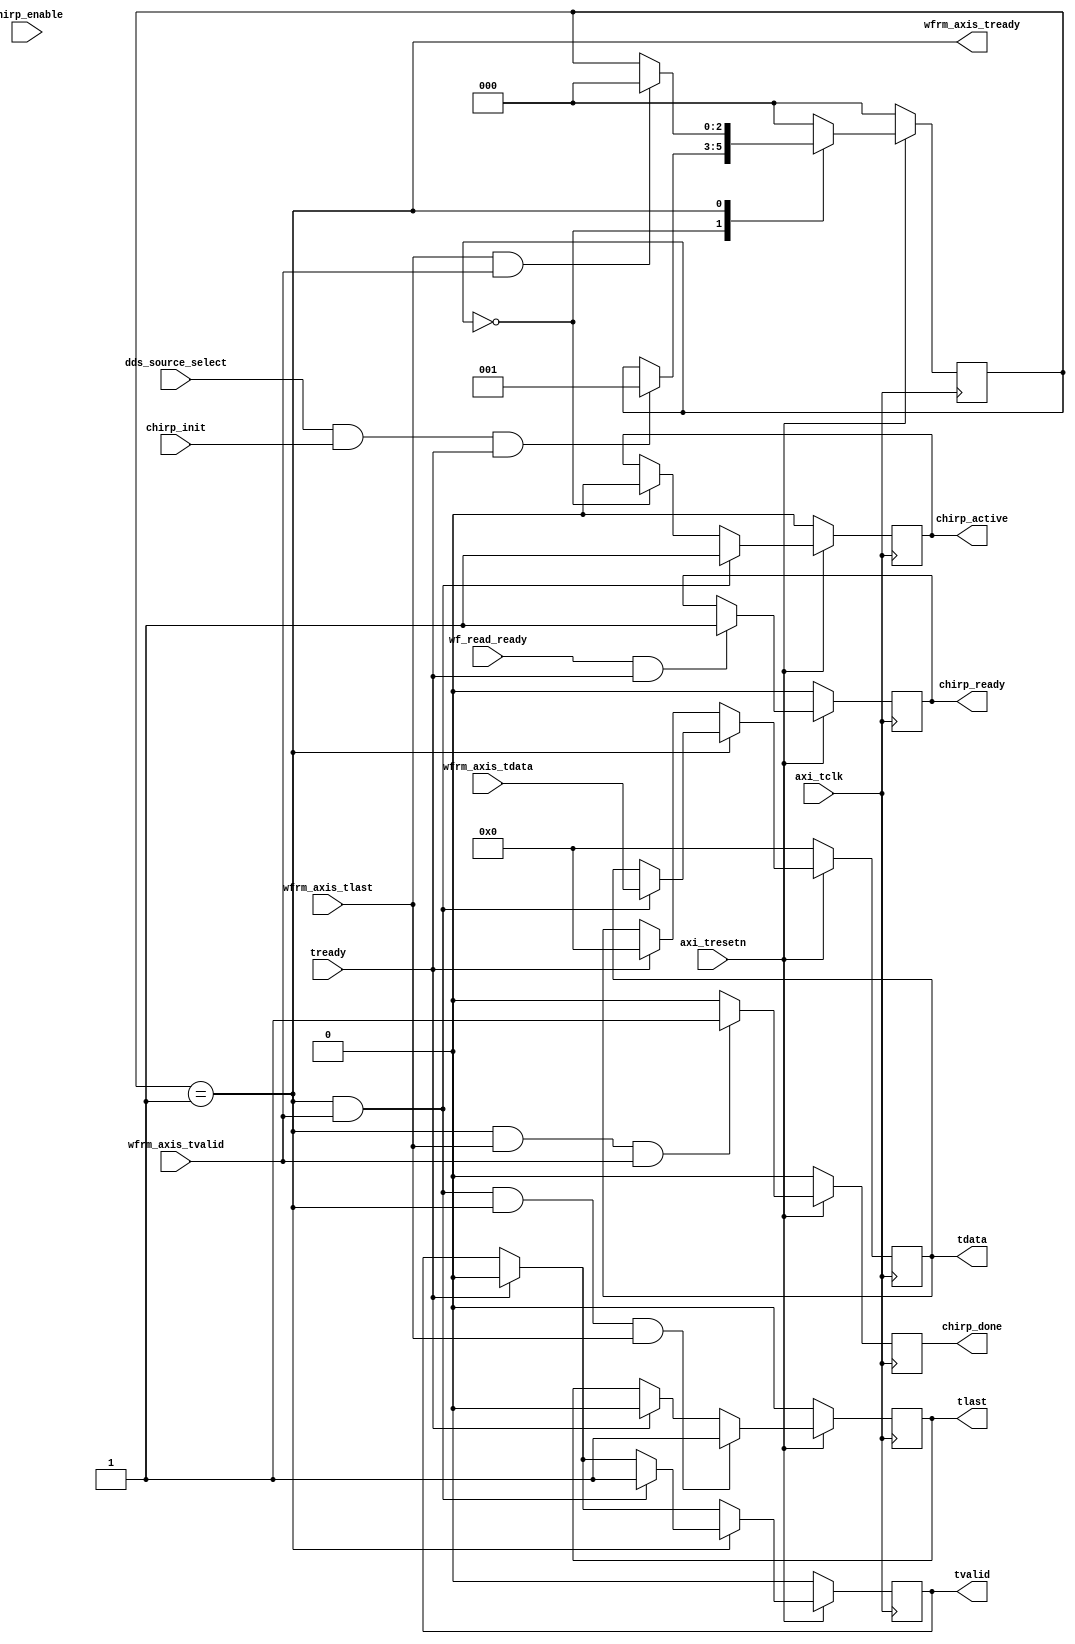
//`timescale 1ns / 1ps
//////////////////////////////////////////////////////////////////////////////////
// Company: MiXIL
//
// Design Name:
// Module Name: waveform_dds
// Project Name:
// Target Devices:
// Tool Versions:
// Description:
//
// Dependencies:
//
// Revision:
// Revision 0.01 - File Created
// Additional Comments:
//
//////////////////////////////////////////////////////////////////////////////////

`timescale 1 ps/1 ps

module axi_waveform_dds(
   input                   axi_tclk,
   input                   axi_tresetn,

   input                   wf_read_ready,

   output        reg         chirp_ready,
   output        reg         chirp_done,
   output        reg         chirp_active,
   input                  chirp_init,
   input                  chirp_enable,

   input                  dds_source_select,
       // data from ADC Data fifo
    input       [31:0]                    wfrm_axis_tdata,
    input                                 wfrm_axis_tvalid,
    input                                 wfrm_axis_tlast,
    output                                wfrm_axis_tready,

    output      [31:0]                    tdata,
    output                                tvalid,
    output                                tlast,
    input                                 tready
   );



localparam     IDLE        = 3'b000,
               DATA        = 3'b001;

reg      [31:0]            tdata_r = 'b0;
reg                        tvalid_r;
reg                        tlast_r;


reg         [2:0]          next_gen_state;
reg         [2:0]          gen_state;
reg         [31:0]         data_count;

//reg                         wfrm_axis_tready_int;
wire                       wfrm_axis_tready_int;
wire                       axi_treset;

assign axi_treset = !axi_tresetn;

// Write interface
always @(posedge axi_tclk)
begin
   if (axi_treset) begin
   tdata_r <= 'b0;
   tvalid_r <= 0;
   end
   else if (gen_state == DATA) begin
      if (wfrm_axis_tvalid & wfrm_axis_tready_int) begin
        tdata_r <= wfrm_axis_tdata;
        tvalid_r <= 1;
      end else if (tready) begin
        tdata_r <= tdata_r;
        tvalid_r <= 0;
      end
  end
  else if (tready) begin
    tdata_r <= 'b0;
    tvalid_r <= 0;
  end
end

always @(posedge axi_tclk)
begin
   if (axi_treset) begin
        tlast_r <= 0;
   end
   else if (gen_state == DATA & wfrm_axis_tvalid & wfrm_axis_tready_int & wfrm_axis_tlast) begin
        tlast_r <= 1;
   end
   else if (tready) begin
        tlast_r <= 0;
  end
end

// always @(posedge axi_tclk)
// begin
//    if (axi_treset)
//     wfrm_axis_tready_int <= 0;
//    else if (gen_state == DATA)
//     wfrm_axis_tready_int <= 1;
//    else
//     wfrm_axis_tready_int <= 0;
// end

assign wfrm_axis_tready_int = (gen_state == DATA);

always @(posedge axi_tclk)
begin
   if (axi_treset)
    data_count <= 0;
   else if (gen_state == DATA & wfrm_axis_tvalid & wfrm_axis_tready_int)
    data_count <= data_count + 1;
  else if(gen_state == IDLE)
   data_count <= 0;
end

always @(posedge axi_tclk)
begin
   if (axi_treset)
    chirp_ready <= 0;
   else if (wf_read_ready & tready)
    chirp_ready <= 1;
end

always @(posedge axi_tclk)
begin
   if (axi_treset)
     chirp_done <= 0;
   else if (gen_state == DATA & wfrm_axis_tlast & wfrm_axis_tvalid)
     chirp_done <= 1;
   else
     chirp_done <= 0;
end

always @(posedge axi_tclk)
begin
   if (axi_treset)
     chirp_active <= 0;
   else if (gen_state == DATA & wfrm_axis_tvalid)
     chirp_active <= 1;
   else if(gen_state == IDLE)
     chirp_active <= 0;
end

// simple state machine to control the data
// on the transition from IDLE we reset the counters and increment the packet size
always @(gen_state or wf_read_ready or chirp_init or dds_source_select or wfrm_axis_tvalid or wfrm_axis_tlast or wfrm_axis_tready_int or tready)
begin
   next_gen_state = gen_state;
   case (gen_state)
      IDLE : begin
//         if (dds_source_select & wf_read_ready & chirp_init)
         if (dds_source_select & chirp_init & tready)
            next_gen_state = DATA;
      end
      DATA : begin
         if (wfrm_axis_tlast & wfrm_axis_tvalid)
            next_gen_state = IDLE;
      end
      default : begin
         next_gen_state = IDLE;
      end
   endcase
end

always @(posedge axi_tclk)
begin
   if (axi_treset) begin
      gen_state <= IDLE;
   end
   else begin
      gen_state <= next_gen_state;
   end
end

assign tvalid = tvalid_r;
assign tdata = tdata_r;
assign tlast = tlast_r;
assign wfrm_axis_tready = wfrm_axis_tready_int;


endmodule